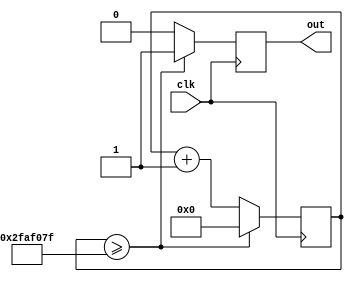
`timescale 1ns / 1ps
//////////////////////////////////////////////////////////////////////////////////
// Company: 
// Engineer: 
// 
// Design Name: 
// Module Name: pulse_wiz_1hz
// Project Name: 
// Target Devices: 
// Tool Versions: 
// Description: 
// 
// Dependencies: 
// 
// Revision:
// Revision 0.01 - File Created
// Additional Comments:
// 
//////////////////////////////////////////////////////////////////////////////////


module pulse_wiz_1hz(
    input clk,
    output reg out
    );
    reg [27:0]count;
    always@(posedge clk)
    begin
        if(count >= 28'd49_999_999)
        begin
            count <= 28'h0;
            out <= 1'h1;
        end
        else
        begin
            count <= count + 28'h1;
            out <= 1'h0;
        end
    end
endmodule